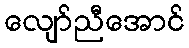
လျော်ညီအောင်